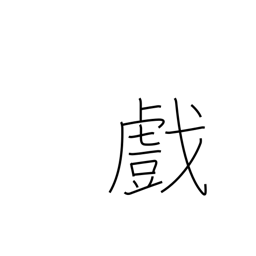
Meaning: sport